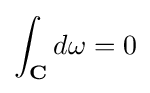
\int _{\bf {C}}d\omega =0